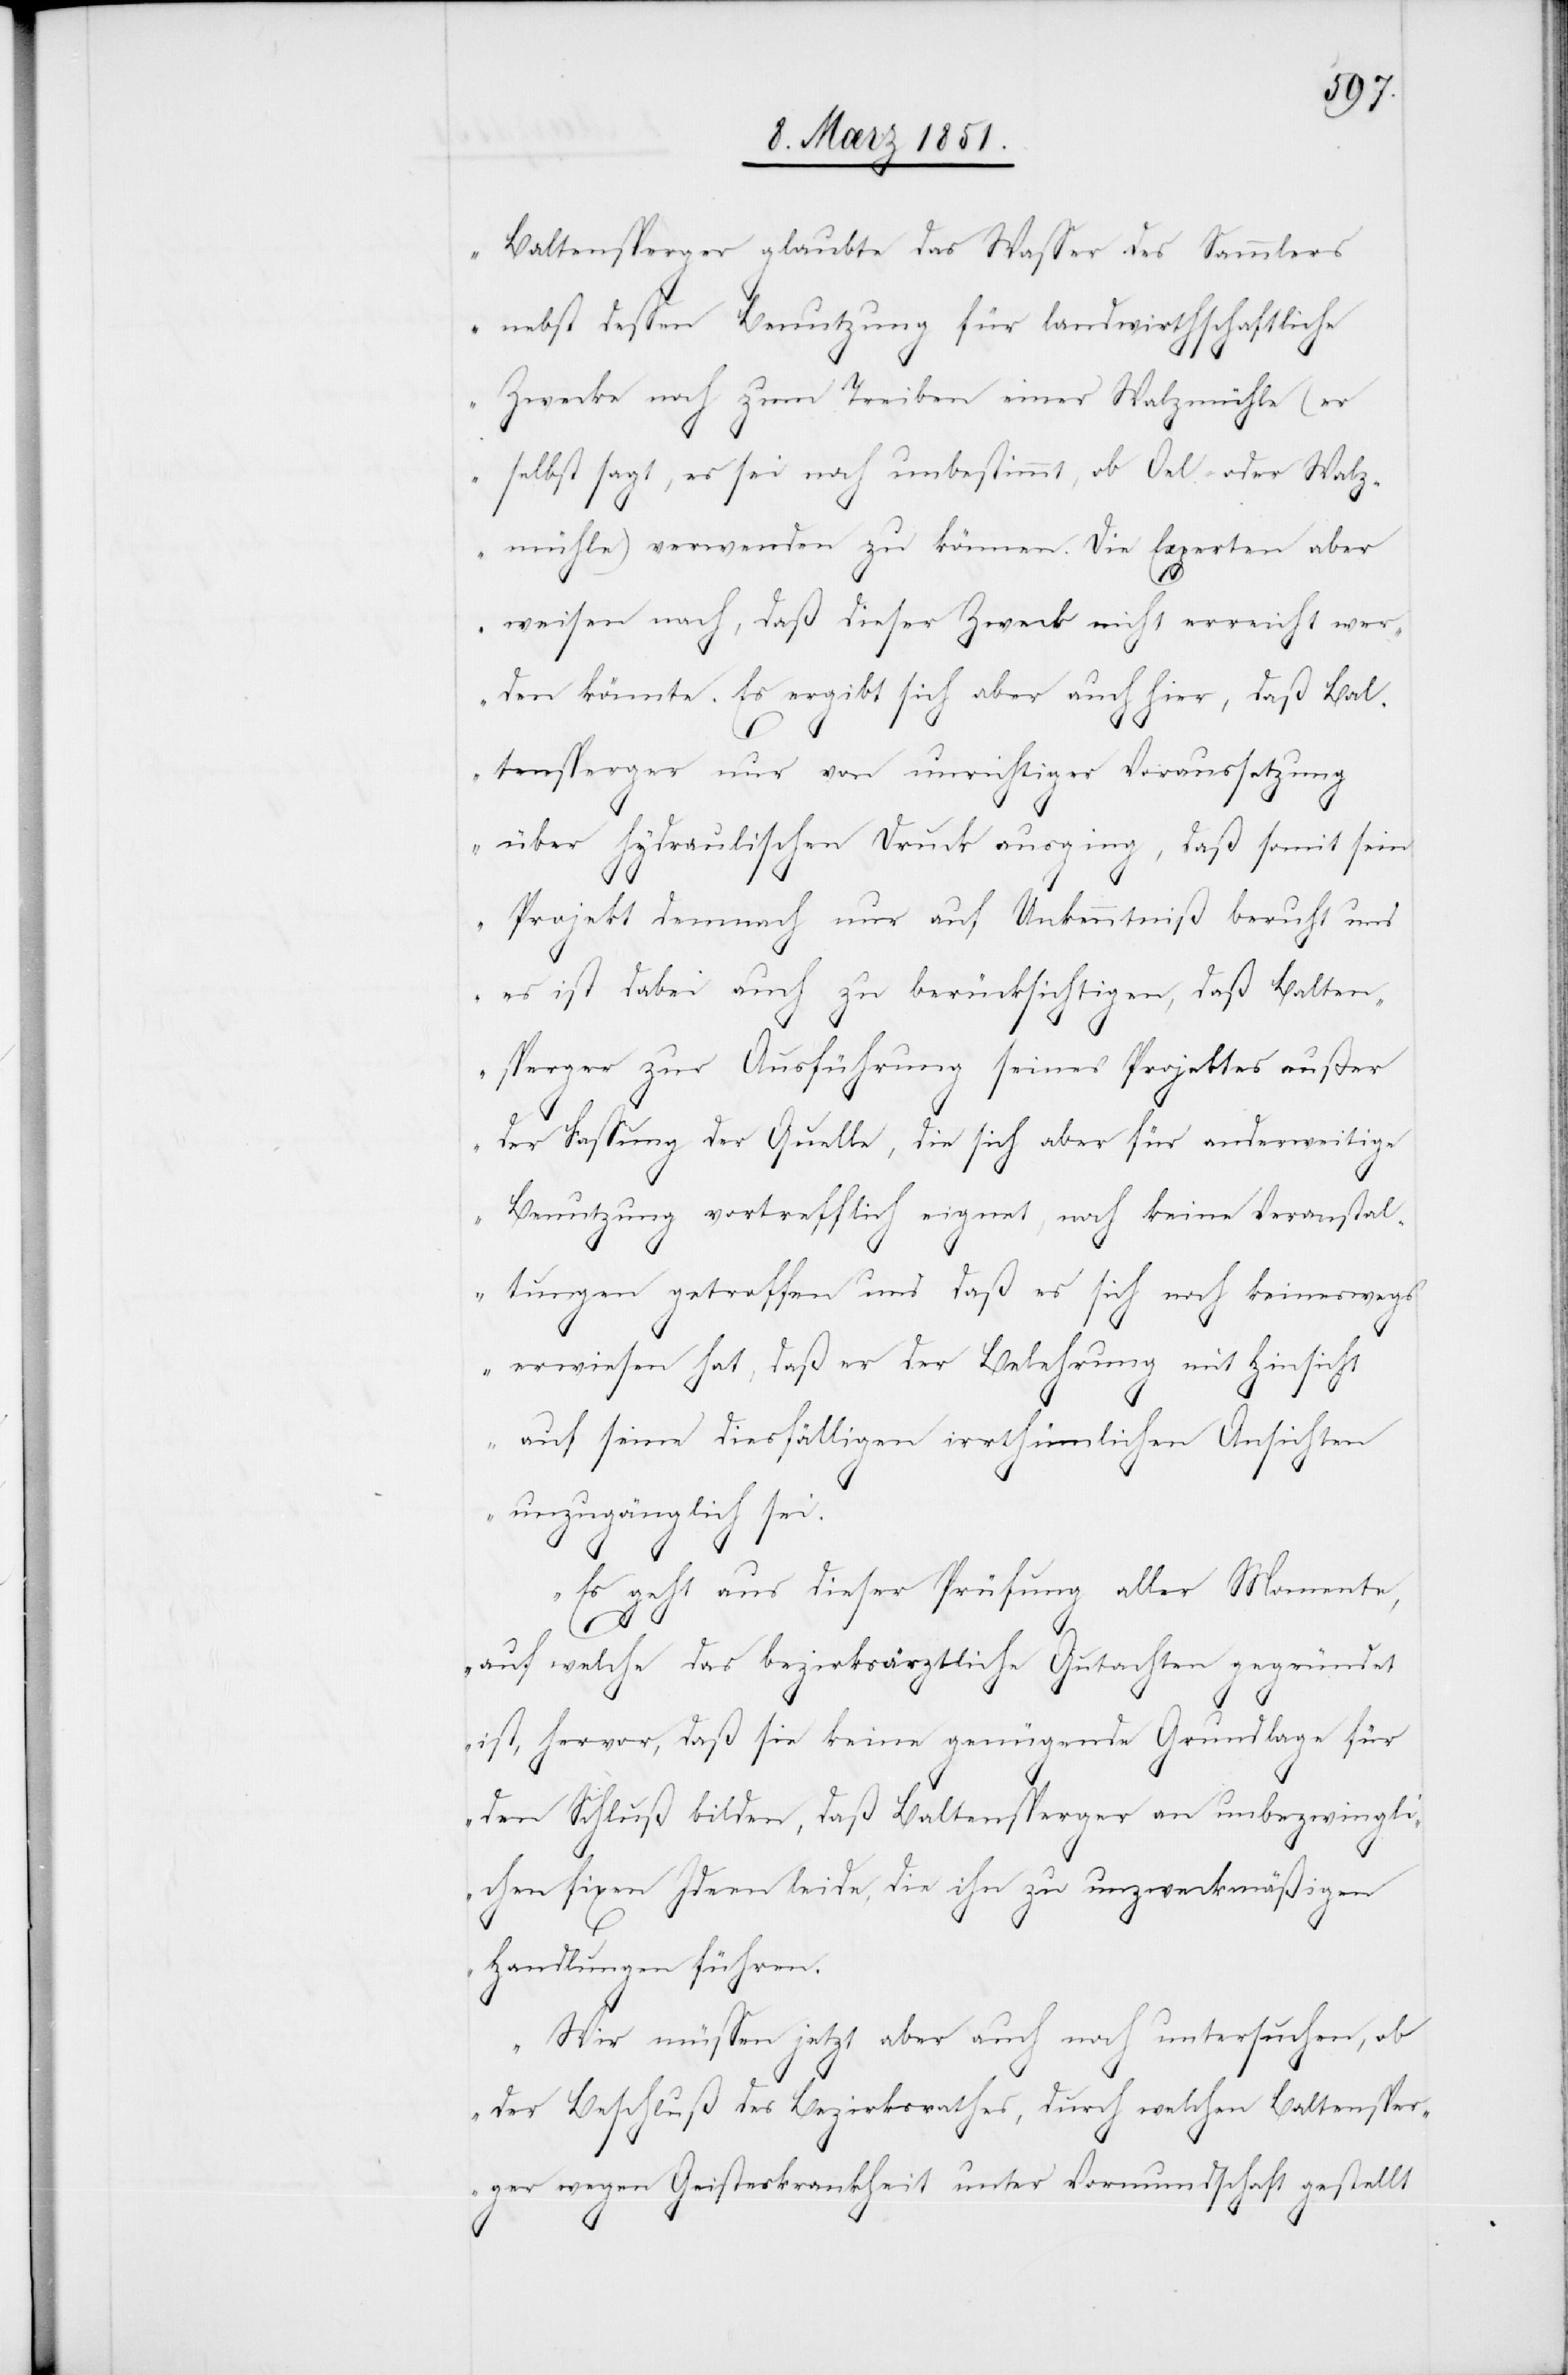
Baltensperger glaubte das Wasser des Sammlers
nebst dessen Benutzung für landwirthschaftliche
Zwecke noch zum Treiben einer Walzmühle (er
selbst sagt, es sei noch unbestimmt, ob Oel- oder Walz¬
mühle) verwenden zu können. Die Experten aber
weisen nach, daß dieser Zweck nicht erreicht wer¬
den könnte. Es ergibt sich aber auch hier, daß Bal¬
tensperger nur von unrichtiger Voraussetzung
über hydraulischen Druck ausging, daß somit sein
Projekt demnach nur auf Unkenntniß beruht und
es ist dabei auch zu berücksichtigen, daß Balten¬
sperger zur Ausführung seines Projektes außer
der Fassung der Quelle, die sich aber für anderweitige
Benutzung vortrefflich eignet, noch keine Veranstal¬
tungen getroffen und daß es sich noch keineswegs
erwiesen hat, daß er der Belehrung mit Hinsicht
auf seine diesfälligen irrthümlichen Ansichten
unzugänglich sei.
Es geht aus dieser Prüfung aller Momente,
auf welche das bezirksärztliche Gutachten gegründet
ist, hervor, daß sie keine genügende Grundlage für
den Schluß bilden, daß Baltensperger an unbezwingli¬
chen fixen Ideen leide, die ihn zu unzweckmäßigen
Handlungen führen.
Wir müssen jetzt aber auch noch untersuchen, ob
der Beschluß des Bezirksrathes, durch welchen Baltensper¬
ger wegen Geisteskrankheit unter Vormundschaft gestellt